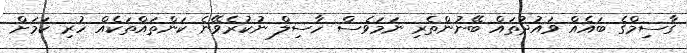
ގާސިމްގެ ބައެއް ވައުދުތައް ބޭނުންތެރި ނަމަވެސް ހާސިލް ނުކުރެވޭނެ ކަންތައްތަކެއް ހުރި ކަމަށް